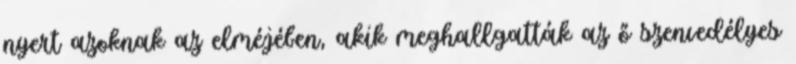
nyert azoknak az elméjében, akik meghallgatták az ő szenvedélyes